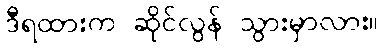
ဒီရထားက ဆိုင်လွန် သွားမှာလား။